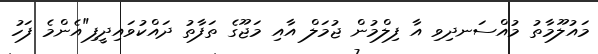
މައުލޫމާތު މުއްސަނދިވި އާ ފިލްމުން ޖުމަލް އާއި މަޖޫގެ ތަފާތު ދައްކުވައިދީފި"އެންމެ ފަހު